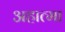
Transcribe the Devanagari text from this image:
अहात्मा